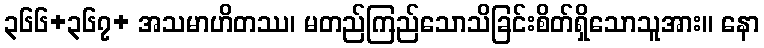
၃၆၆+၃၆၇+ အသမာဟိတဿ၊ မတည်ကြည်သောသိခြင်းစိတ်ရှိသောသူအား။ နော